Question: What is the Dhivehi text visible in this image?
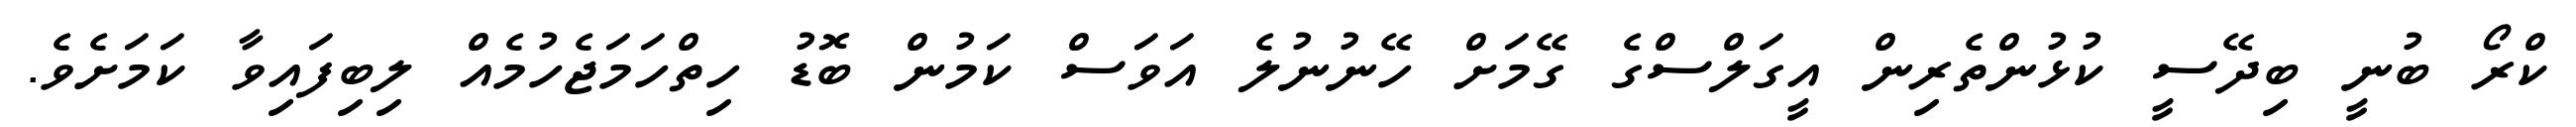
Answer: ކްރޯ ބުނީ ބިދޭސީ ކުޅުންތެރިން އީގަލްސްގެ ގޭމަށް ހޭނުނުލެ އަވަސް ކަމުން ބޮޑު ހިތްހަމަޖެހުމެއް ލިބިފައިވާ ކަމަށެވެ.